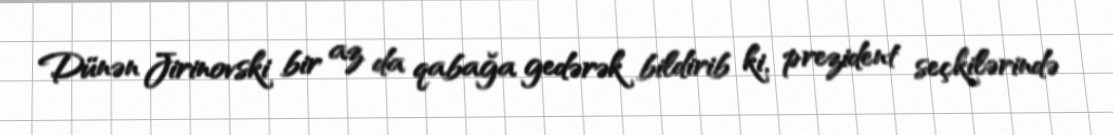
Dünən Jirinovski bir az da qabağa gedərək bildirib ki, prezident seçkilərində